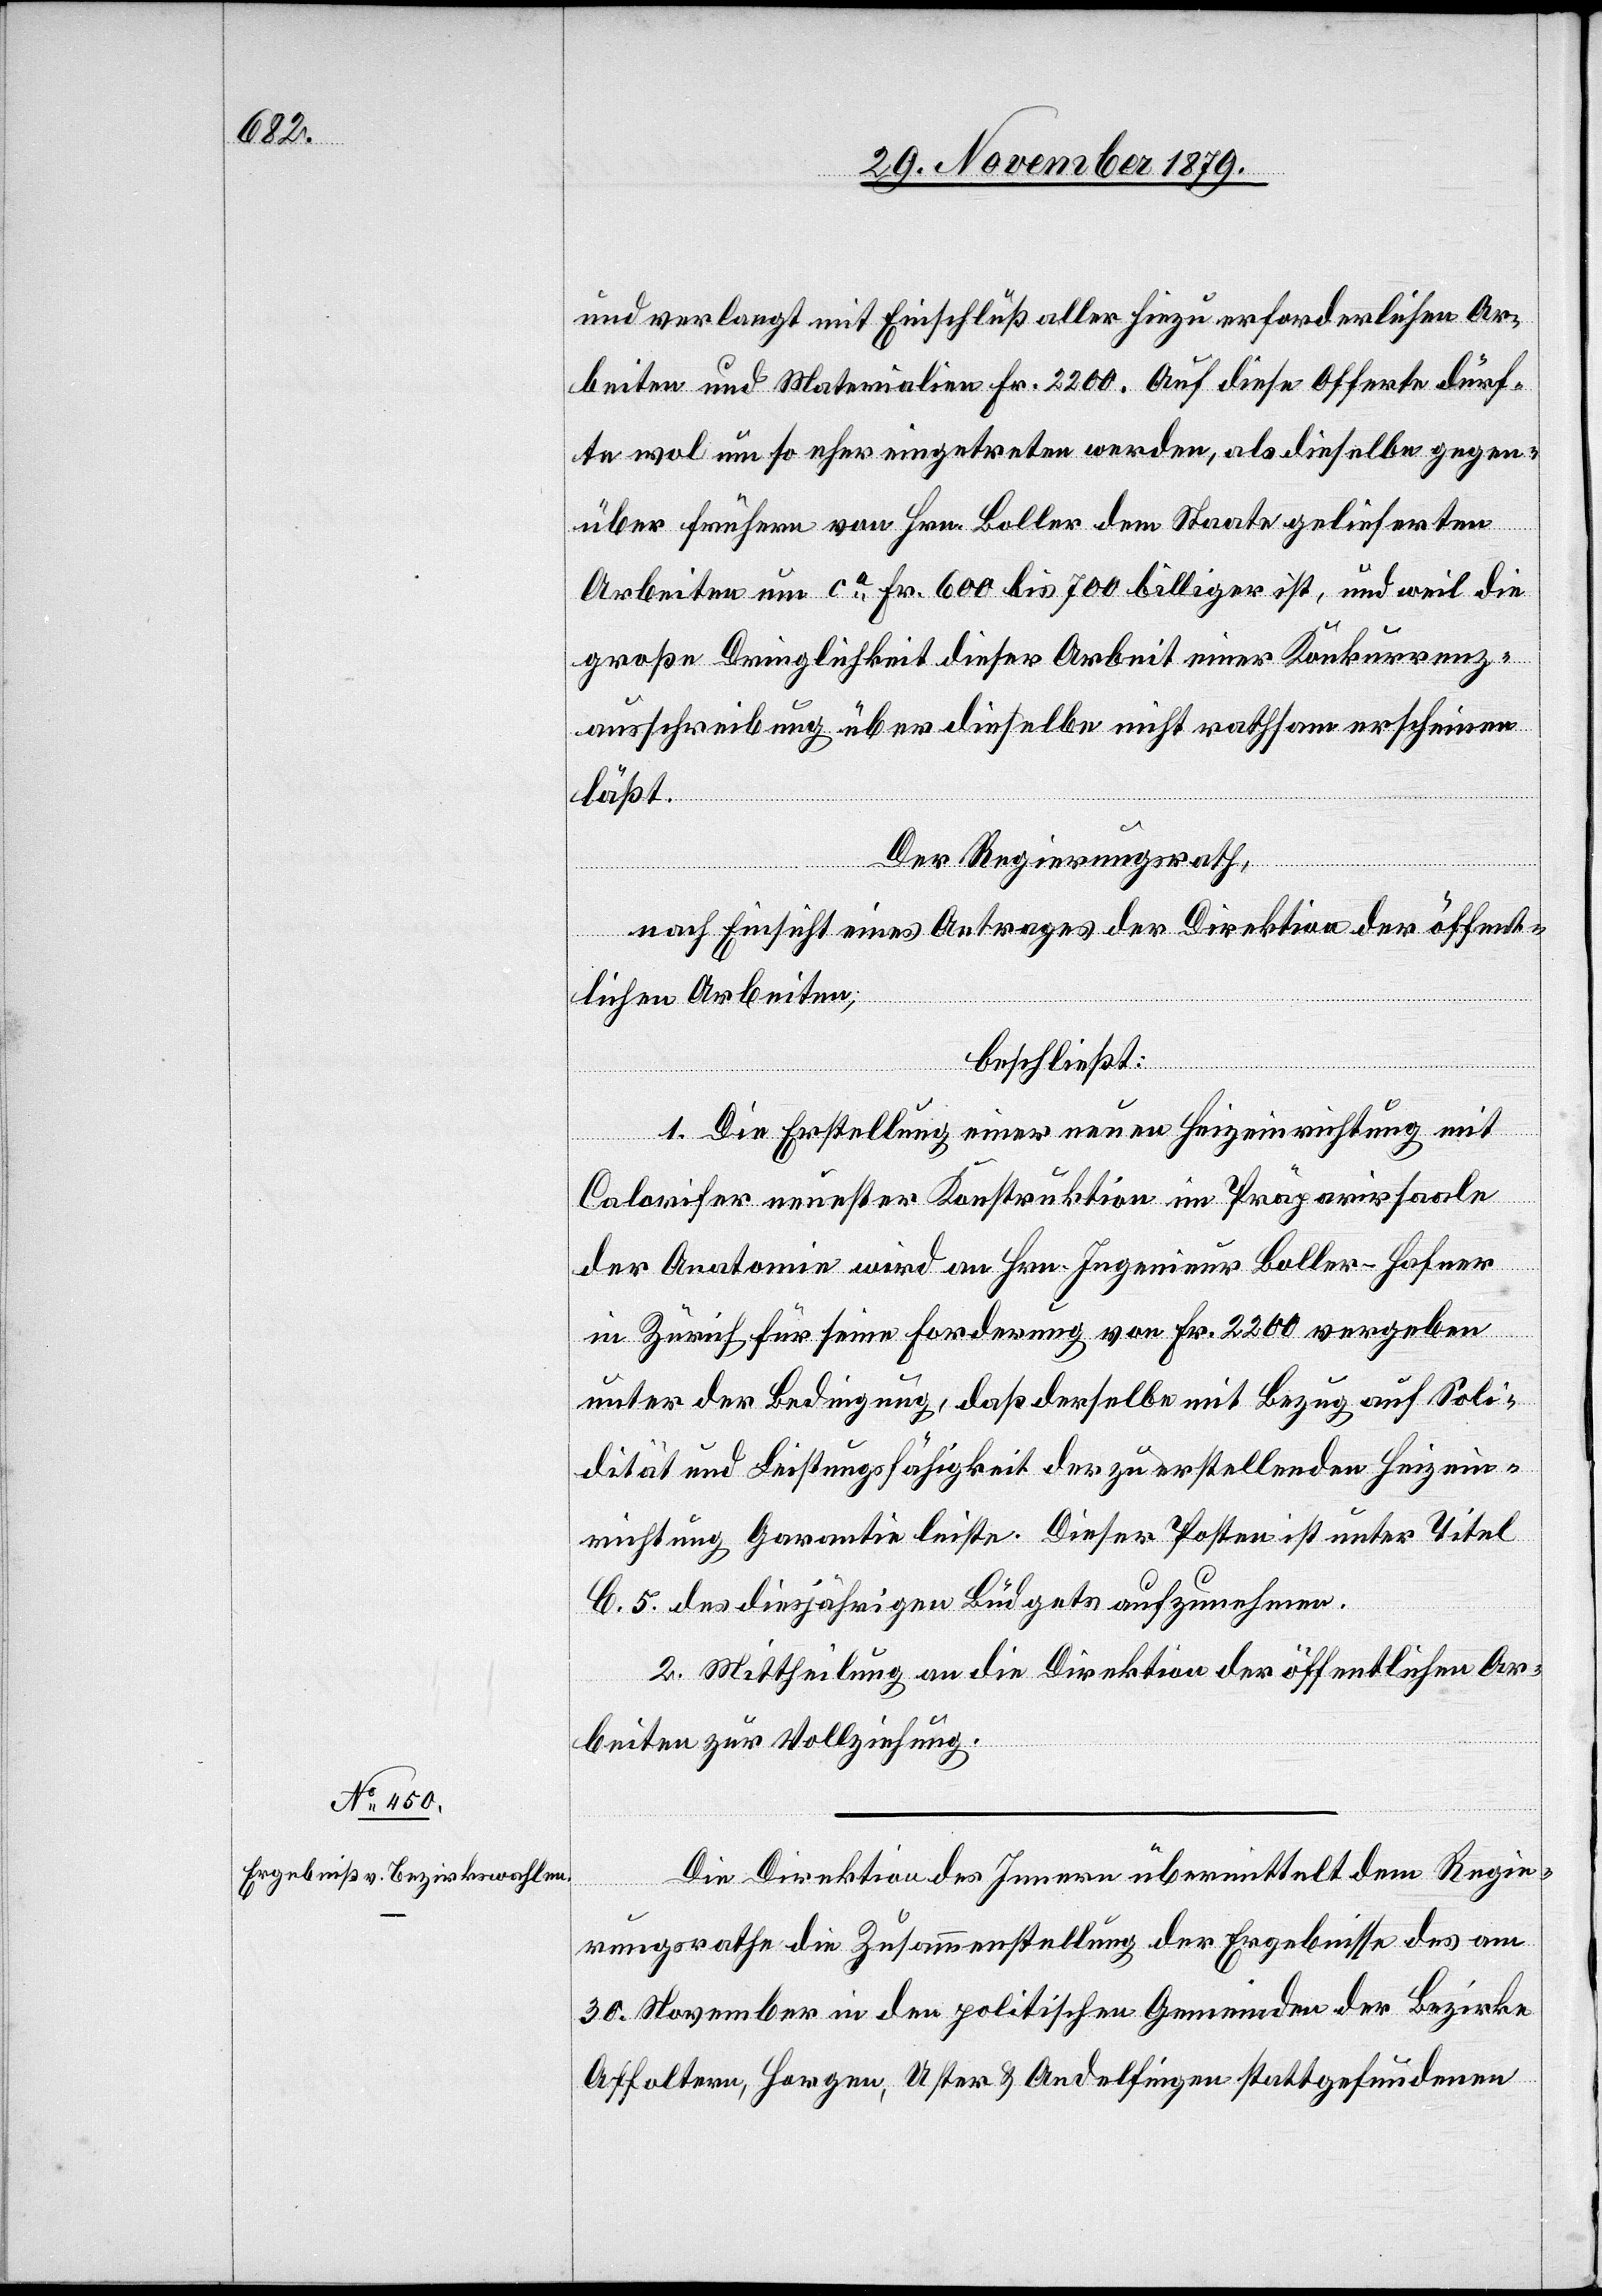
und verlangt mit Einschluß aller hiezu erforderlichen Ar¬
beiten und Materialien Fr. 2200. Auf diese Offerte dürf¬
te wol um so eher eingetreten werden, als dieselbe gegen¬
über frühern von Hrn. Boller dem Staate gelieferten
Arbeiten um ca Fr. 600 bis 700 billiger ist, und weil die
groß Dringlichkeit dieser Arbeit einer Konkurrenz¬
ausschreibung über dieselbe nicht rathsam erscheinen
läßt.
Der Regierungsrath,
December
nach Einsicht eines Antrages der Direktion der öffent¬
lichen Arbeiten,
beschließt:
1. Die Erstellung einer neuen Heizeinrichtung mit
3.
Colorifer neuester Konstruktion im Präparirsaale
der Anatomie wird an Hrn. Ingenieur Boller-Hafner
in Zürich für seine Forderung von Fr. 2200 vergeben
unter der Bedingung, daß derselbe mit Bezug auf Soli¬
dität und Leistungsfähigkeit der zu erstellenden Heizein¬
richtung Garantie leiste. Dieser Posten ist unter Titel
b. 5 des diesjährigen Büdgets aufzunehmen.
2. Mittheilung an die Direktion der öffentlichen Ar¬
beiten zur Vollziehung.
Die Direktion des Innern übermittelt dem Regie¬
rungsrathe die Zusammenstellung der Ergebnisse des am
30. November in den politischen Gemeinden der Bezirke
Affoltern, Horgen, Uster & Andelfingen stattgefundenen